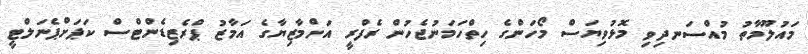
މައުލޫމާތު މުއްސަނދިވި މޮޅުވިޔަސް މޯހަންގެ ހިތްހަމަނުޖެހުން ރެފްރީ އަށްމާޒިޔާގެ އަމާޒު ޕްރެޒިޑެންޓްސް ކަޕަށްޕެނަލްޓީ